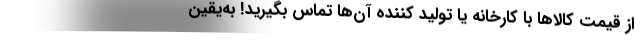
از قیمت کالاها با کارخانه یا تولید کننده آن‌ها تماس بگیرید! به‌یقین